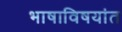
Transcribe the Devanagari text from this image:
भाषाविषयांत